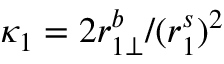
\kappa _ { 1 } = 2 r _ { 1 \perp } ^ { b } / ( r _ { 1 } ^ { s } ) ^ { 2 }